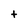
Character: t